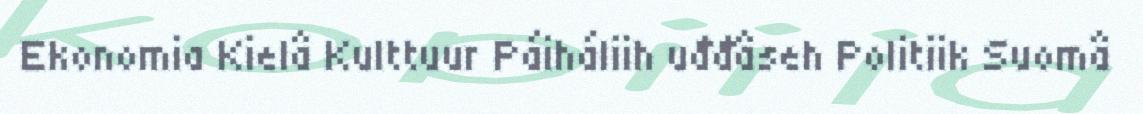
Ekonomia Kielâ Kulttuur Páiháliih uđđâseh Politiik Suomâ